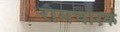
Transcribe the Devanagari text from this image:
रामचारक